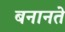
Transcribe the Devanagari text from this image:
बनानते